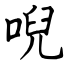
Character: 唲